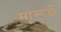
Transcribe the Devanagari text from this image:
मारूने